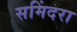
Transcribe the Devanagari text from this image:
समिंदरा